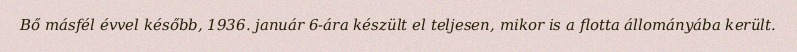
Bő másfél évvel később, 1936. január 6-ára készült el teljesen, mikor is a flotta állományába került.